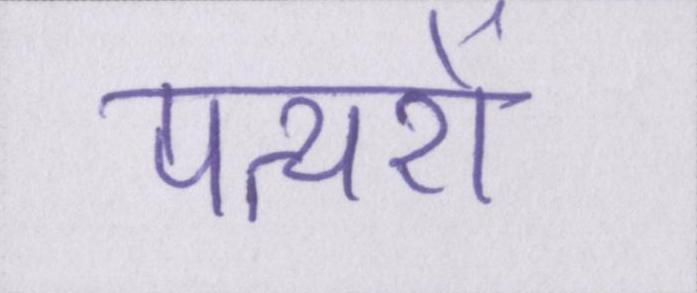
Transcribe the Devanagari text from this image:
पत्थरों